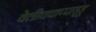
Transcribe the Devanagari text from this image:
वेलीचचाप्पाड्डू